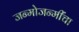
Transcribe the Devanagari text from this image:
जन्मोजन्मींचा